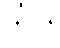
သိုင်း